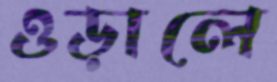
ওড়ালে